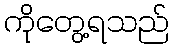
ကိုတွေ့ရသည်